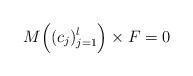
LaTeX: \begin{align*}M\Big((c_{j})_{j=1}^{l} \Big) \times F = 0 \end{align*}